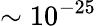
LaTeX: \sim 10^{-25}